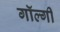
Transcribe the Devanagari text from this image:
गॉल्गी